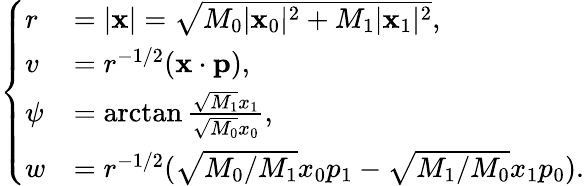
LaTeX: \begin{array}{r}{\left\{ \begin{array}{ll}{r}&{=|\mathbf{x}|=\sqrt{M_{0}|\mathbf{x}_{0}|^{2}+M_{1}|\mathbf{x}_{1}|^{2}},}\\ {v}&{=r^{-1/2}(\mathbf{x}\cdot\mathbf{p}),}\\ {\psi}&{=\arctan\frac{\sqrt{M_{1}}x_{1}}{\sqrt{M_{0}}x_{0}},}\\ {w}&{=r^{-1/2}(\sqrt{M_{0}/M_{1}}x_{0}p_{1}-\sqrt{M_{1}/M_{0}}x_{1}p_{0}).}\end{array}\right.}\end{array}